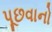
પૂછવાનો